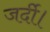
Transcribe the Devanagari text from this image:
जर्दी।